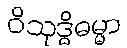
ဝိသုဒ္ဓိဓမ္မာ